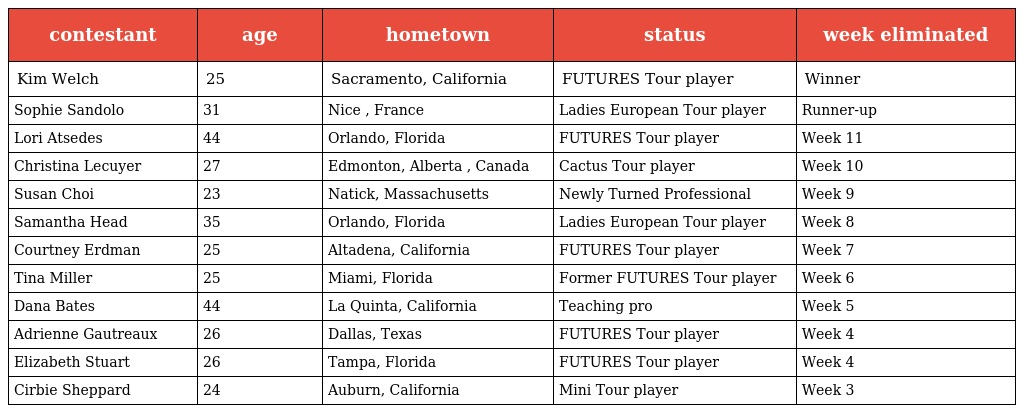
| contestant | age | hometown | status | week eliminated |
 | --- | --- | --- | --- | --- |
 | Kim Welch | 25 | Sacramento, California | FUTURES Tour player | Winner |
 | Sophie Sandolo | 31 | Nice , France | Ladies European Tour player | Runner-up |
 | Lori Atsedes | 44 | Orlando, Florida | FUTURES Tour player | Week 11 |
 | Christina Lecuyer | 27 | Edmonton, Alberta , Canada | Cactus Tour player | Week 10 |
 | Susan Choi | 23 | Natick, Massachusetts | Newly Turned Professional | Week 9 |
 | Samantha Head | 35 | Orlando, Florida | Ladies European Tour player | Week 8 |
 | Courtney Erdman | 25 | Altadena, California | FUTURES Tour player | Week 7 |
 | Tina Miller | 25 | Miami, Florida | Former FUTURES Tour player | Week 6 |
 | Dana Bates | 44 | La Quinta, California | Teaching pro | Week 5 |
 | Adrienne Gautreaux | 26 | Dallas, Texas | FUTURES Tour player | Week 4 |
 | Elizabeth Stuart | 26 | Tampa, Florida | FUTURES Tour player | Week 4 |
 | Cirbie Sheppard | 24 | Auburn, California | Mini Tour player | Week 3 |